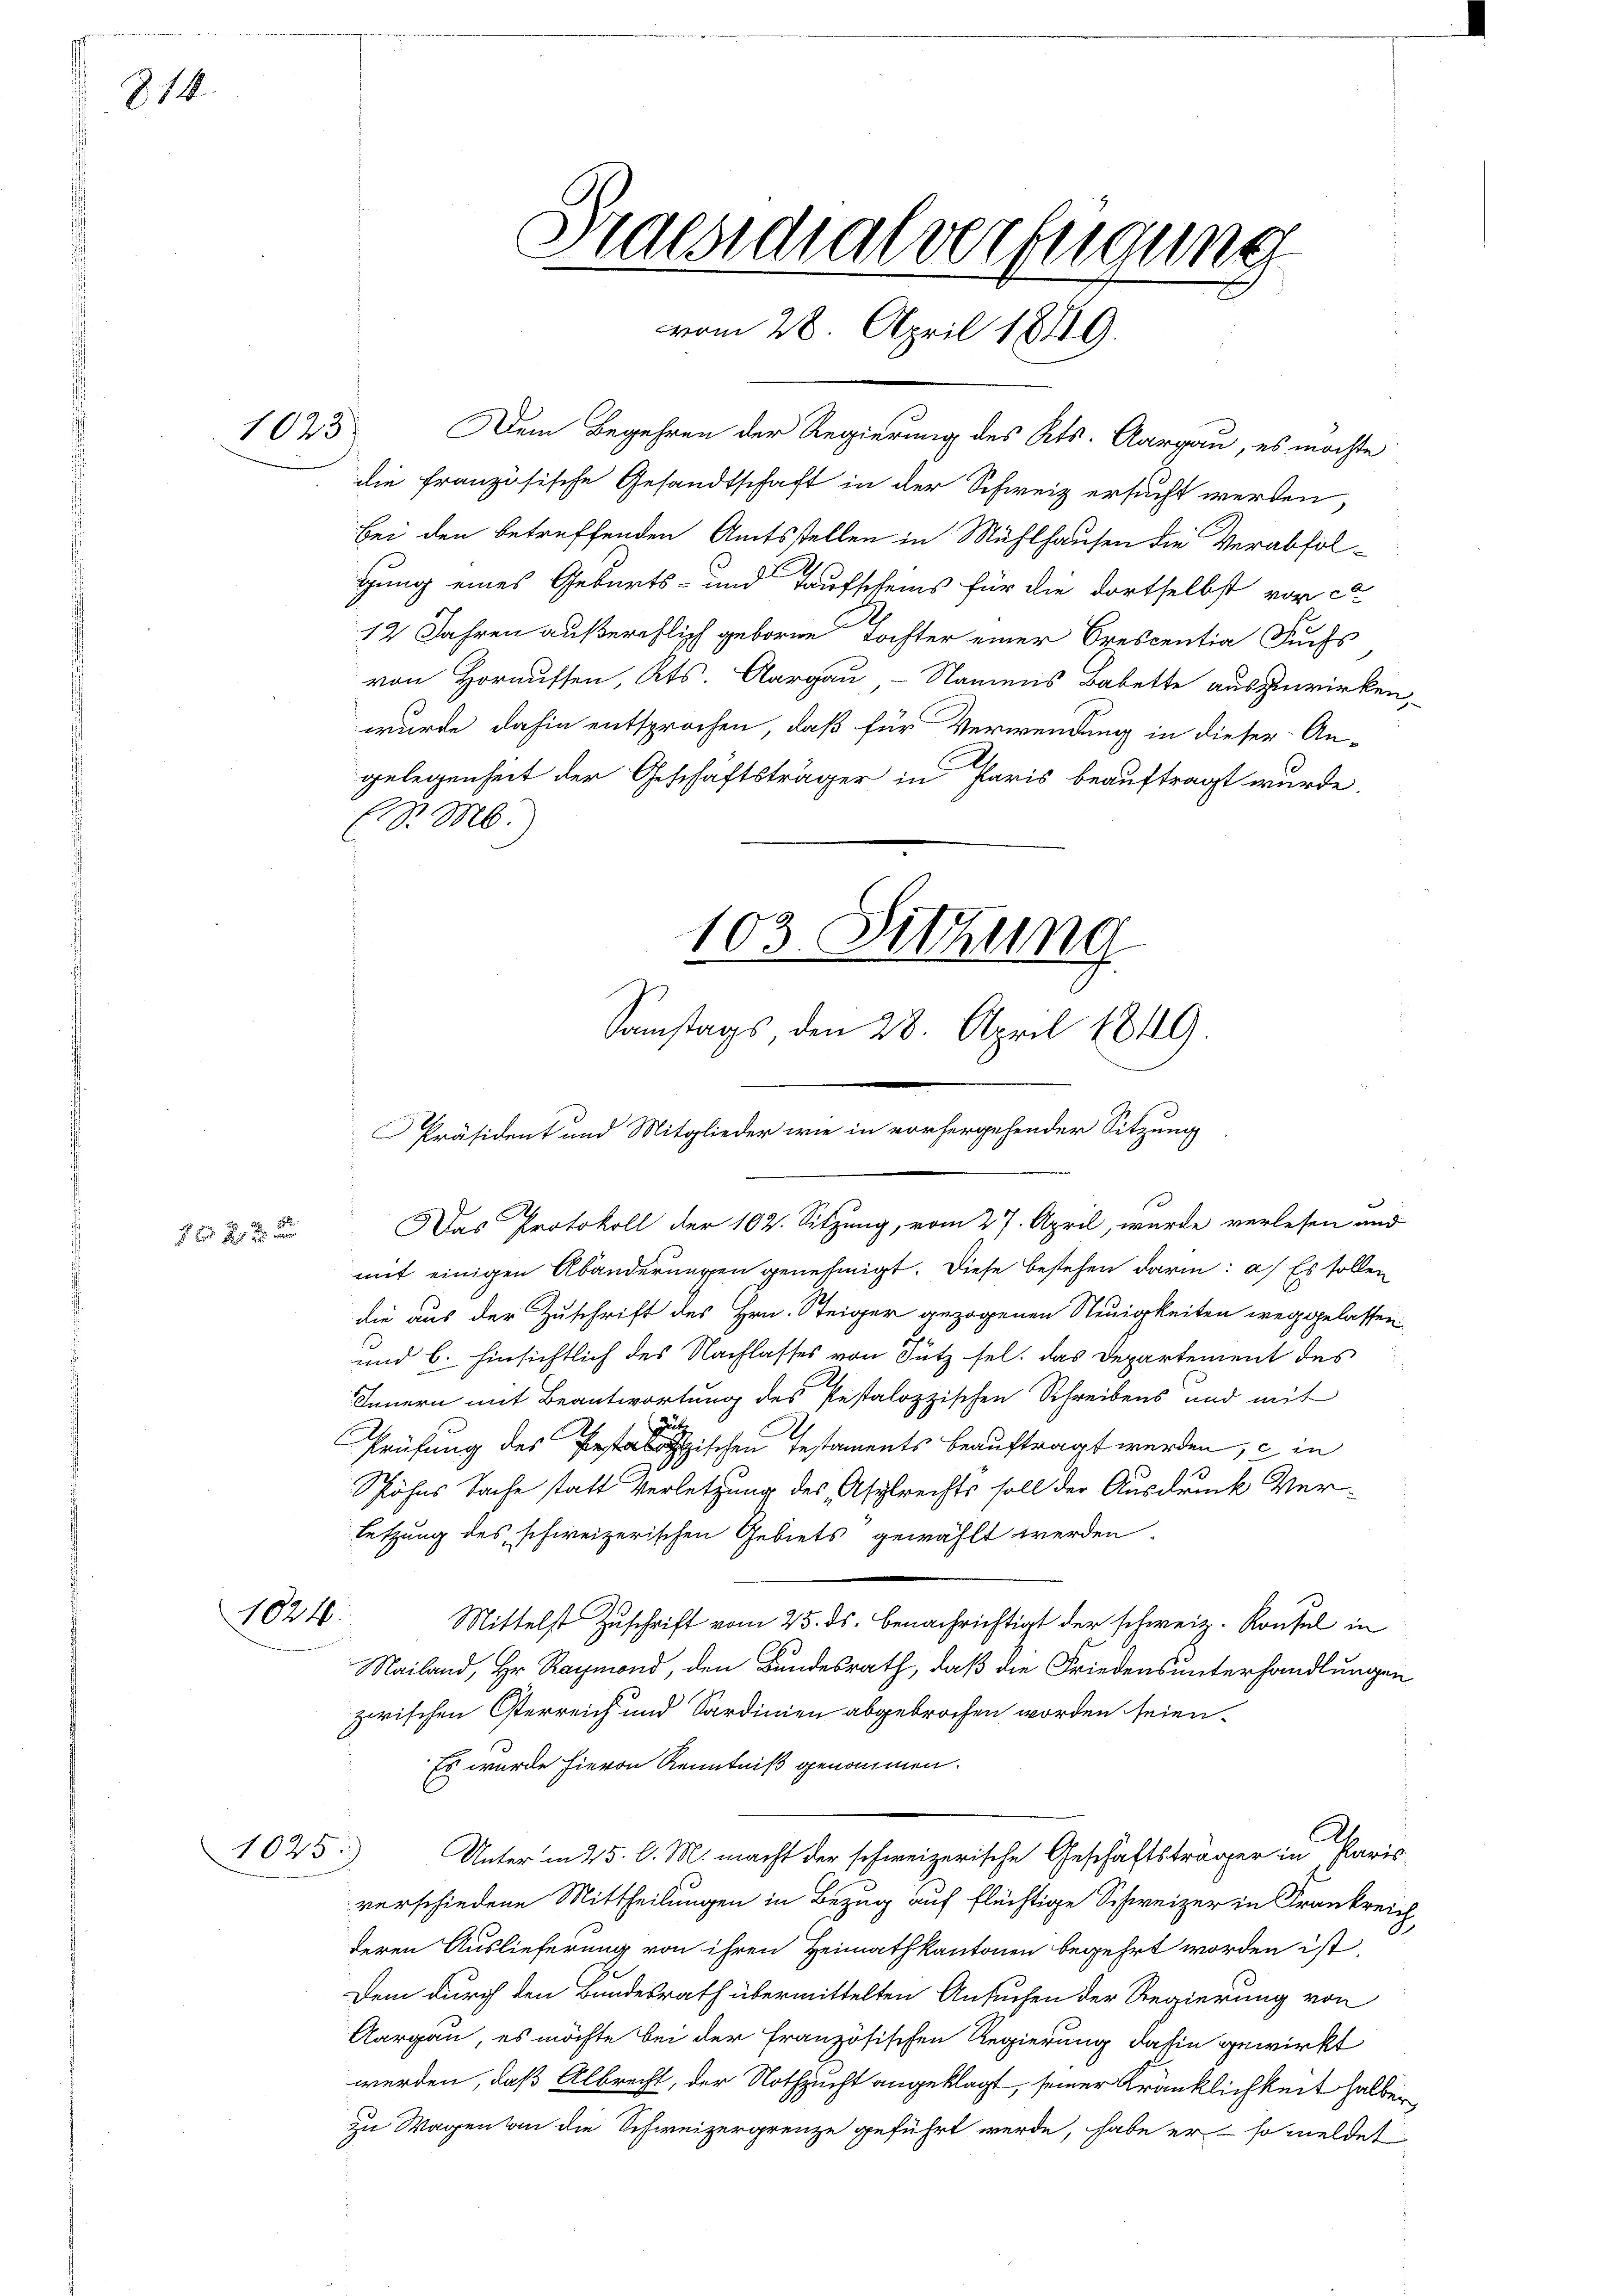
214.

1023.

5 f 20 x

1024.

1025.)

Dem Begehren der Regierung des Kts. Aargau, es möchte
die französische Gesandtschaft in der Schweiz ersucht werden,
Bei den betreffenden Amtsstellen in Mühlhausen die Verabfolgung eines Geburts- und Taufscheins für die dortselbst vor c
12 Jahren außereflich geborne Tochter einer Crescentia Fuchs
von Hornussen, Kts. Aargau - Namens Babette auszuwirken,
wurde dahin entsprochen, daß für Verwendung in dieser An-
gelegenheit der Geschäftsträger in Paris beauftragt wurde.
(S. M.)
103. Sitzung

Praesidialverfügung
vom 28. April 1889.

Samstags den 28. April 1849.
Präsident und Mitglieder wie in vorhergehender Sitzung

Das Protokoll der 102. Sitzung, vom 27. April, wurde verlesen und
mit einigen Abänderungen genehmigt. Diese bestehen darin: a) Es sollen
die aus der Zuschrift des Hrn. Steiger gezogenen Neuigkeiten weggelassen
und 6. hinsichtlich des Nachlasses von Sutz sel. das Departement des
Innern mit Beantwortung des Pestalozzischen Schreibens und mit
ut
Prüfung des Pestalogischen Testaments beauftragt werden, ein
Schähes Sache statt Verletzung des Asylrechts soll der Ausdruck verletzung des schweizerischen Gebiets gewählt werden.
Mittelst Zuschrift vom 25. ds. benachrichtigt der schweiz. Konsul in
Nailand, Hr. Raymond, den Bundesrath, daß die Friedensunterhandlungen
zwischen Oterreich und Sardinien abgebrochen worden seien.
Es wurde hievon Kenntniß genommen.
2.
Unter in 25 l. M. macht der schweizerische Geschäftsträger in Paris
verschiedene Mittheilungen in Bezug auf flüchtige Schweizer in Frankreich
deren Auslieferung von ihren Heimathkantonen begehrt worden ist,
Dem durch den Bundesrath übermittelten Ansuchen der Regierung von
Aargau, es möchte bei der Französischen Regierung dahin gewirkt
werden, daß Albrecht, der Nothzucht angeklagt, seiner Kränklichkeit halber
zu Wagen an die Schweizergrenze geführt werde, habe er so meldet